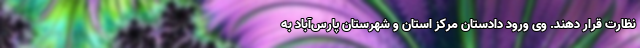
نظارت قرار دهند. وی ورود دادستان مرکز استان و شهرستان پارس‌آباد به